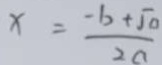
x = \frac { - b + \sqrt { 0 } } { 2 a }